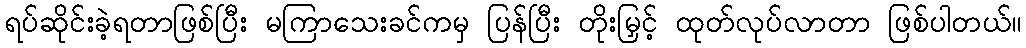
ရပ်ဆိုင်းခဲ့ရတာဖြစ်ပြီး မကြာသေးခင်ကမှ ပြန်ပြီး တိုးမြှင့် ထုတ်လုပ်လာတာ ဖြစ်ပါတယ်။